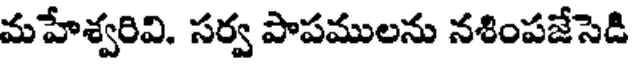
మహేశ్వరివి. సర్వ పాపములను నశింపజేసెడి